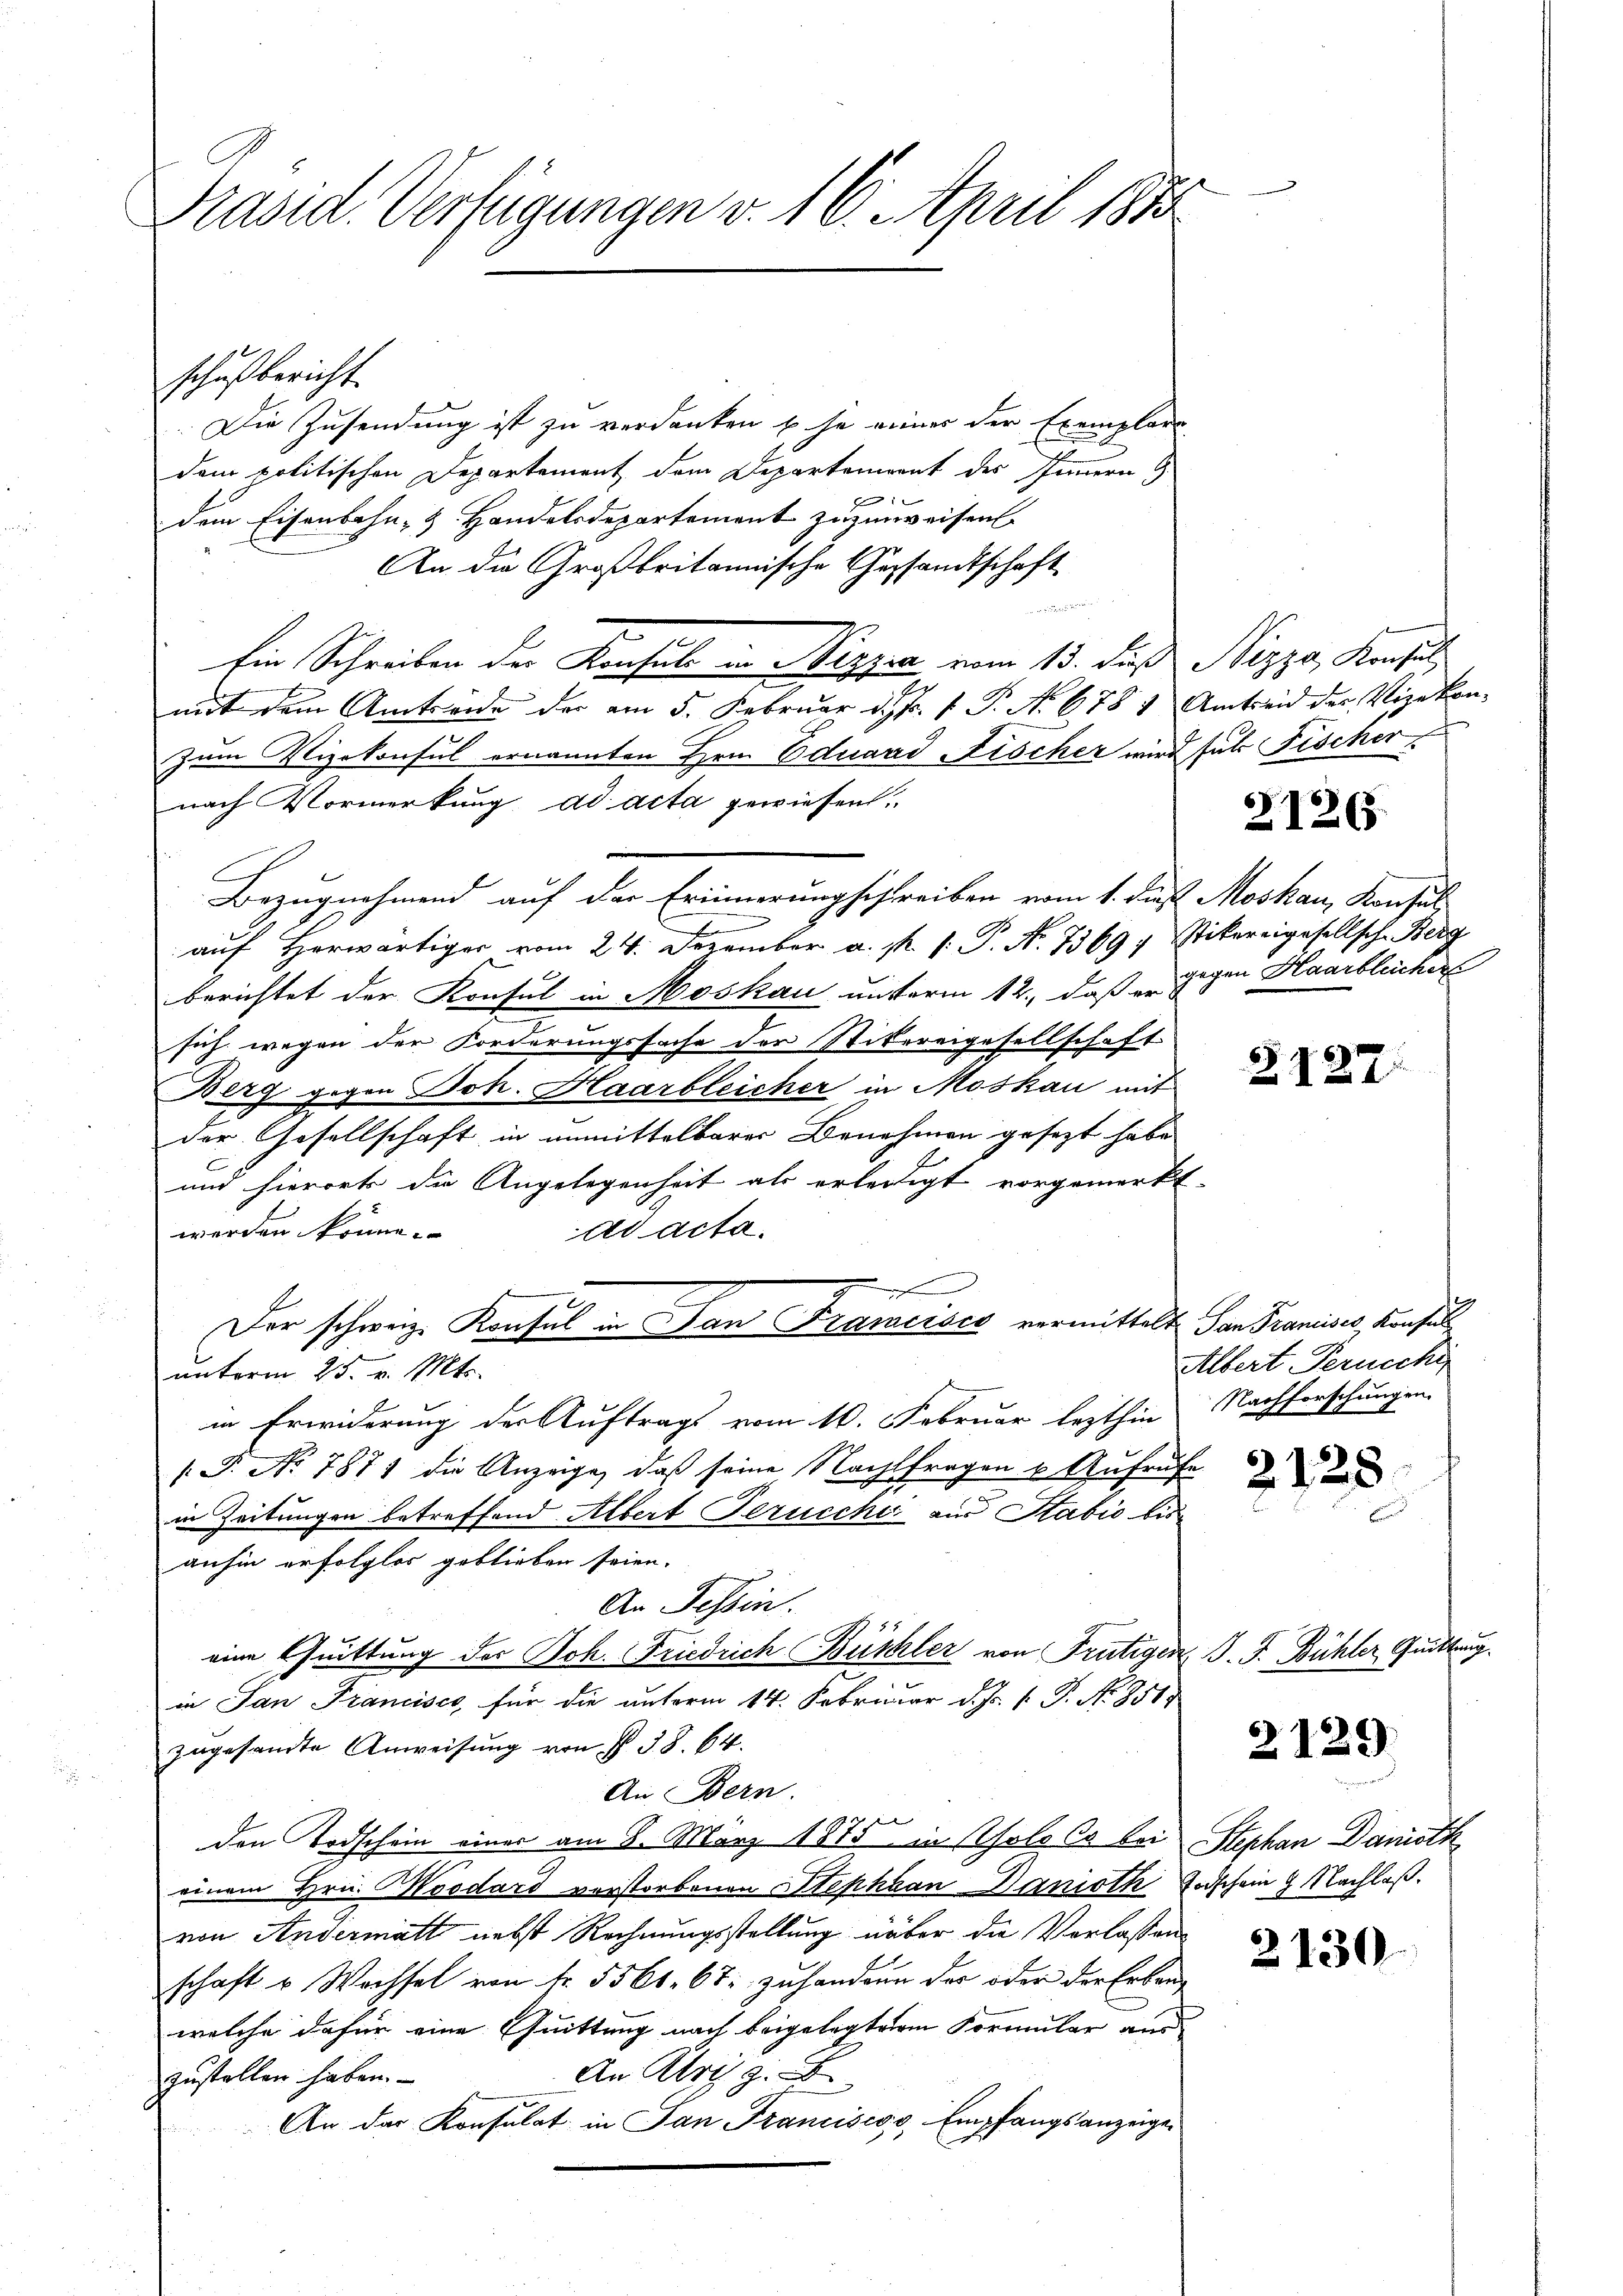
Präsid. Verfügungen v. 10. April 1873

schußbericht
Die Zusendung ist zu verdanken u. je eines der Exemplare
dem politischen Departement dem Departement des Innern
f
dem Eisenbahn- & Handelsdepartement zuzuweisen.
An die Großbritannische Gesandtschaft
de
2
Ein Schreiben der Konsuls in Nizzia vom 13. daß Nizza, Konsul
mit dem Amtseide der am 5. Februar d. Fr. 1 P. N. 678 & Amtseid der Vizekonzum Vizekonsul ernannten Hrn. Eduard Fischer wird für Fischer,
nach Vormerkung ad acta gewiesen.
Bezugnahmend auf der Erinnerungsstreiben vom 1. dieß Moskau, Konsul
auf Herwärtiger vom 24. Dezember a. p. 1. P. N. 7369, Stikereigesellsch. Berg
berichtet der Konsul in Moskau unterm 12., daß er gegen Haarbleicher
sich wegen der Forderungssache der Stikereigesellschaft.
Berg gegen Joh. Haarbleicher in Moskau mit
der Gesellschaft in unmittelbarer Benehmen gesezt habe
und hierorts die Angelegenheit als erledigt vorgemerkt.
werden könne.
ad acta.
Der schweiz. Konsul in San Francisco vermittelt San Franises Konfull
unterm 25. v. Mts.
in Erwiderung der Auftrags vom 10. Februar lezthin
.P. No 7871 die Anzeige, daß seine Nachtfragen u. Aufrufe
in Zeitungen betreffend Albert Peruecke aus Stabio bis
anhin erfolglos geblieben seien. |
An Tessin.
eine Quittung der Joh. Friedrich Büchler von Frutigen
in San Francisco, für die unterm 14. Februar d. J. P. Nr. 858
zugesandte Anweisung von § 38. 64.
An Bern.
den Todschein einer am 8. März 1875 in solo Cs bei Stephan Danotheinem Hrn. Woodaro vorstorbenen Stephaan Danioth Todschein 9 Nachlaßvon Andermatt nebst Rechnungsstellung über die Vorlassens
schaft u Wechsel von Nr. 5561. 67: zuhandern der oder der Erbenwelche dafür eine Quittung nach beigelegter Formular aus
An Abris z. B
zustellen haben.
An der Konsulat in San Franciscov, Empfangsanzeigen

21265.

2127

Albert Pernecki
Nachforschungen.

2128

J. J. Bühler Quittung

2129

2130